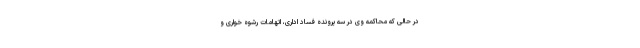
در حالی که محاکمه وی در سه پرونده فساد اداری، اتهامات رشوه خواری و